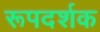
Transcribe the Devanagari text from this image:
रूपदर्शक